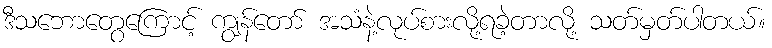
ဒီသဘောတွေကြောင့် ကျွန်တော် အသံနဲ့လုပ်စားလို့ရခဲ့တာလို့ သတ်မှတ်ပါတယ်။